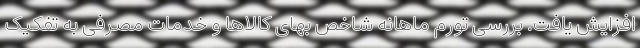
افزایش یافت. بررسی تورم ماهانه شاخص بهای کالاها و خدمات مصرفی به تفکیک